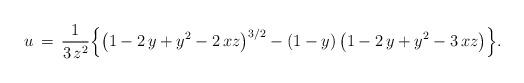
LaTeX: \begin{align*}u\,=\,\frac{1}{3\,z^2}\Big\{\big(1-2\,y+y^2-2\,xz\big)^{3/2}-(1-y)\,\big(1-2\,y+y^2-3\,xz\big)\Big\}.\end{align*}